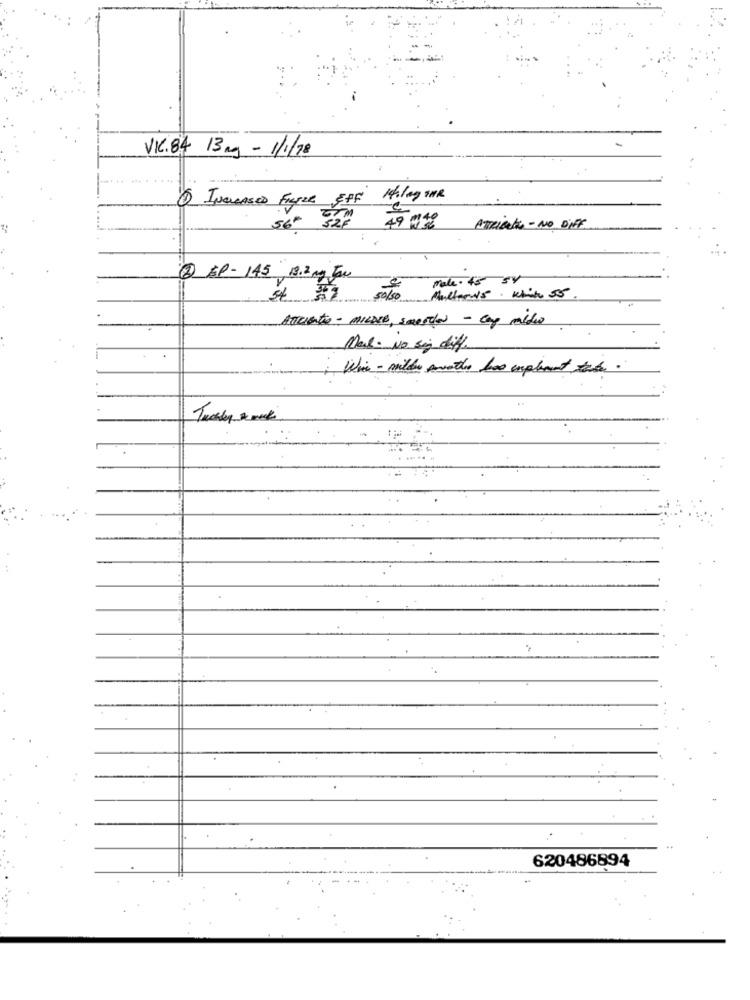
VIC. 84 13mg - 1/1/18
6 INCREASED FICILE EFF
56 -
327 49 432
ATRIBUTO - NO DIFF
2 EP- 145 , 13.2 mg Jou
Make - 45 54
50/50
Anciento - MILDER, smesso - cop maldo
Mal. No sing diff.
Wie - mildew another too implement the.
620486894